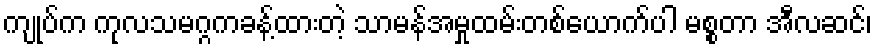
ကျုပ်က ကုလသမဂ္ဂကခန့်ထားတဲ့ သာမန်အမှုထမ်းတစ်ယောက်ပါ မစ္စတာ အီလဆင်၊